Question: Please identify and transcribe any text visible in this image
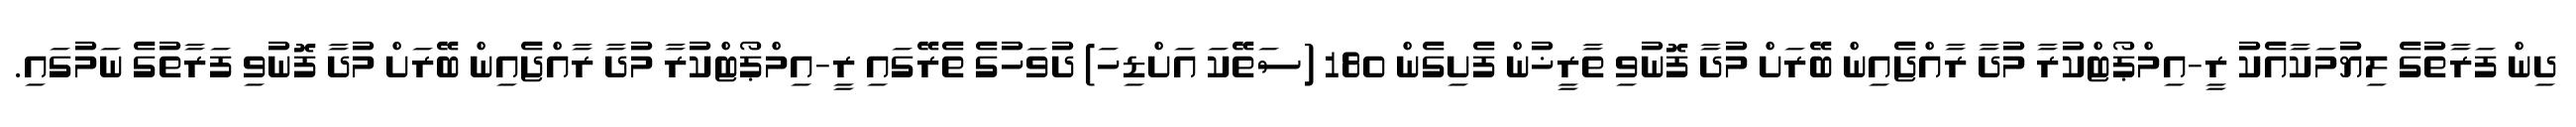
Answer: ދިން ފަރާތުގެ ލިޔުމަކާއެކު ރީ-އިމްޕޯޓްކުރާ މުދާ ރާއްޖެއިން ބޭރަށް މުދާ ފޮނުވި ތާރީޚުން ފެށިގެން 180 (ސަތޭކަ އަށްޑިހަ) ދުވަހުގެ ތެރޭގައި ރީ-އިމްޕޯޓްކުރާ މުދާ ރާއްޖެއިން ބޭރަށް މުދާ ފޮނުވި ފަރާތުގެ ނަމުގައި.